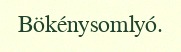
Bökénysomlyó.